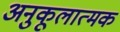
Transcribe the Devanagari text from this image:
अनुकूलात्मक